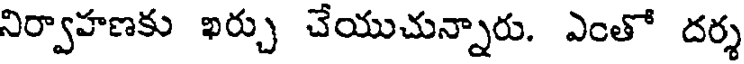
నిర్వాహణకు ఖర్చు చేయుచున్నారు. ఎంతో దర్శ